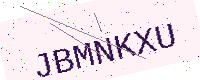
Text: JBMNKXU